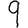
Digit: 9